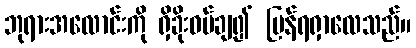
ဘုရားအလောင်းကို ရှိခိုးဝပ်ချ၍ ပြန်ရရှာလေသည်။